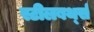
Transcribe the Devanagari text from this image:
स्टीलबर्थ्स